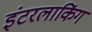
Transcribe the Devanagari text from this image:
इंटरलाकिंग